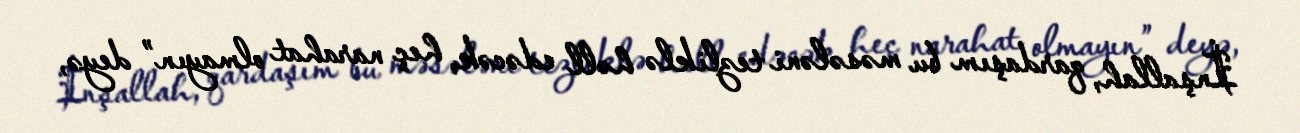
İnşallah, qardaşım bu məsələni tezliklə həll edəcək, heç narahat olmayın” deyə,